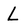
Character: L